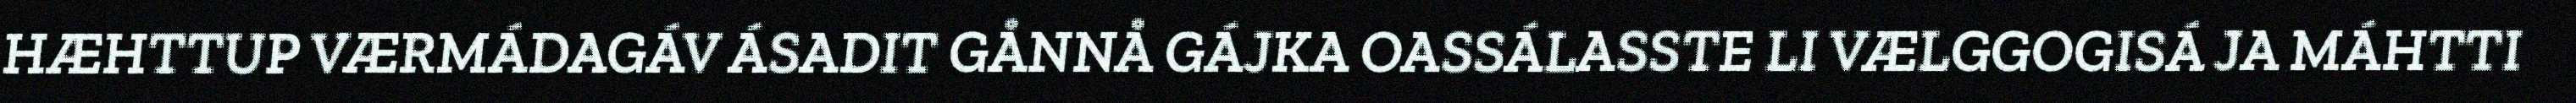
HÆHTTUP VÆRMÁDAGÁV ÁSADIT GÅNNÅ GÁJKA OASSÁLASSTE LI VÆLGGOGISÁ JA MÁHTTI